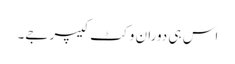
اس ہی دوران وکٹ کیپر جے۔